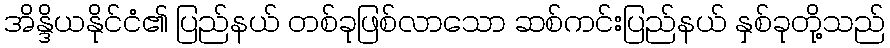
အိန္ဒိယနိုင်ငံ၏ ပြည်နယ် တစ်ခုဖြစ်လာသော ဆစ်ကင်းပြည်နယ် နှစ်ခုတို့သည်